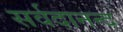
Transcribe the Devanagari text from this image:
सर्वदानन्द